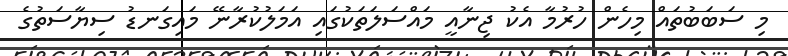
މި ސަބަބުތައް މިހެން ހުރުމާ އެކު ޖިނާއީ މައްސަލަތަކުގައި އަމަލުކުރާނޭ މައިގަނޑު ސިޔާސަތުގެ